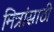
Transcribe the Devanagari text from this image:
मित्रांसाठी